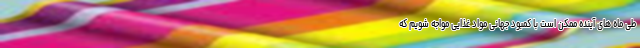
طی ماه های آینده ممکن است با کمبود جهانی مواد غذایی مواجه شویم که